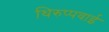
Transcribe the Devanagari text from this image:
थिरुप्पवाई